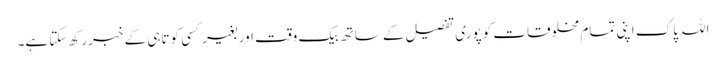
اللہ پاک اپنی تمام مخلوقات کو پوری تفصیل کے ساتھ بیک وقت اور بغیر کسی کوتاہی کے خبر رکھ سکتا ہے۔